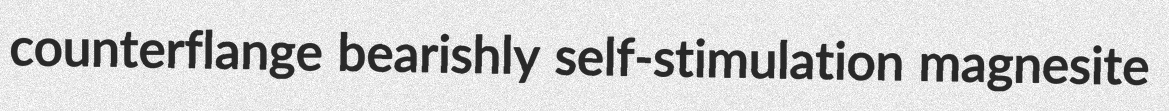
counterflange bearishly self-stimulation magnesite